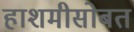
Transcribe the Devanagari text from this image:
हाशमीसोबत